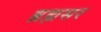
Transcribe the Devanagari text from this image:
ब्रह्मसर